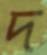
দ